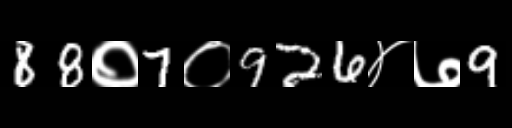
Text: 88०7०926४७9